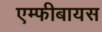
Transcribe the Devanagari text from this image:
एम्फीबायस